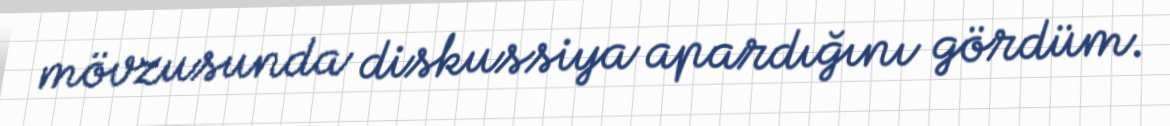
mövzusunda diskussiya apardığını gördüm.